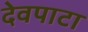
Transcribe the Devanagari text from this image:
देवपाटा